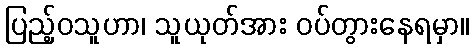
ပြည့်ဝသူဟာ၊ သူယုတ်အား ဝပ်တွားနေရမှာ။